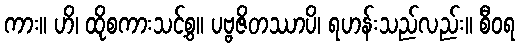
ကား။ ဟိ၊ ထိုစကားသင့်စွ။ ပဗ္ဗဇိတဿာပိ၊ ရဟန်းသည်လည်း။ စီဝရ